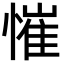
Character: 慛